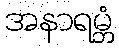
အနာရမ္ဘံ